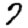
Digit: 7